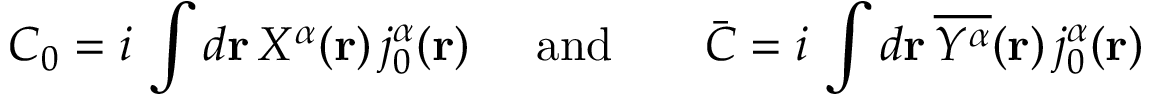
{ \cal C } _ { 0 } = i \, \int d { \bf { r } } \, { \textstyle { \cal X } ^ { \alpha } } ( { \bf r } ) \, j _ { 0 } ^ { \alpha } ( { \bf r } ) \; \; \; \; \; \mathrm { a n d } \; \; \; \; \; \; \; { \bar { \cal C } } = i \, \int d { \bf { r } } \, \overline { { { { \cal Y } ^ { \alpha } } } } ( { \bf r } ) \, j _ { 0 } ^ { \alpha } ( { \bf r } )